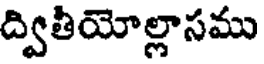
ద్వితీయోల్లాసము